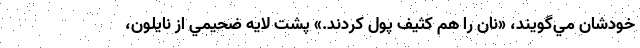
خودشان مي‌گويند، «نان را هم كثيف پول كردند.» پشت لايه ضحيمي از نايلون،